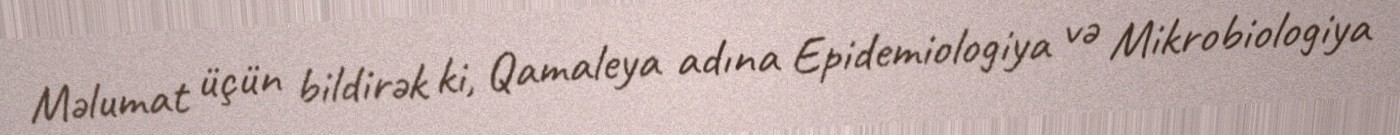
Məlumat üçün bildirək ki, Qamaleya adına Epidemiologiya və Mikrobiologiya